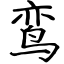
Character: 鸾